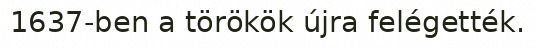
1637-ben a törökök újra felégették.